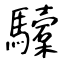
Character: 驝